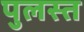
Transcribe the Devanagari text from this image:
पुलस्त